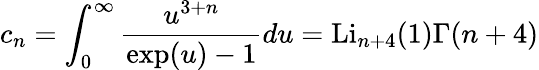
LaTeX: c_{n}=\int_{0}^{\infty}\frac{u^{3+n}}{\exp(u)-1}du=\mathrm{Li}_{n+4}(1)\Gamma(n+4)